Report on the working of the Ranchi Indian Mental Hospital, Kanke, in Bihar and Orissa - 1930-1940
Year: 1930
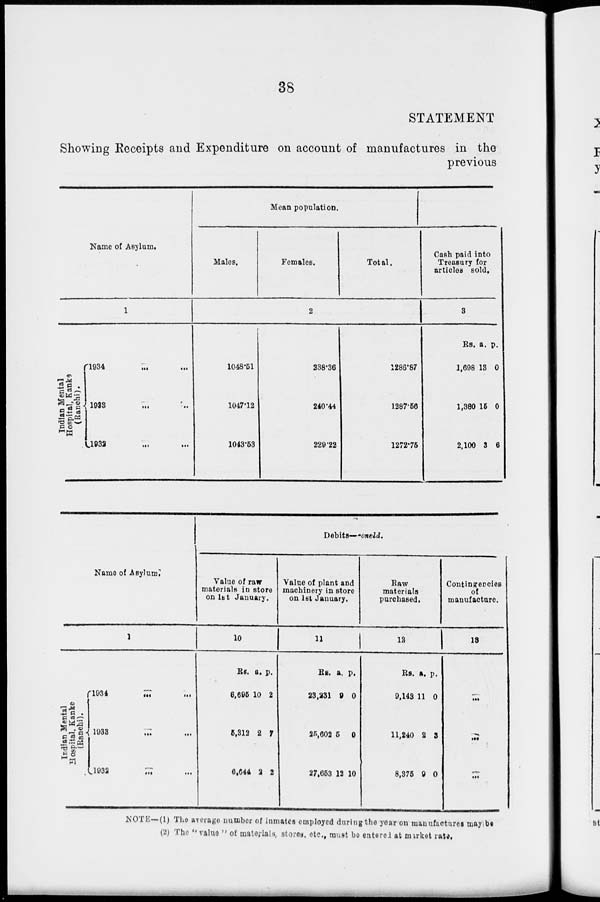
38
STATEMENT
Showing Receipts and Expenditure on account of manufactures in the
previous
Name of Asylum.
1
Indian Mental
Hospital, Kanke
(Ranchi).
1934 ... ...
1933
...
...
1932 ... ...
Mean population.
Males.
Females.
Total.
2
1048.51
1047.12
1043.53
238.36
240.44
229.22
1286.87
1287.56
1272.75
Cash paid into
Treasury for
articles sold.
3
Rs.
1,698
1,380
2,100
a.
13
15
3
p.
0
0
6
Name of Asylum.
1
Indian Mental
Hospital. Kanke
(Ranchi).
1934
...
...
1933 ... ...
1932
...
...
Debits—coneld.
Value of raw
materials in store
on 1st January.
10
Rs.
6,695
5,312
6,644
a.
10
2
2
p.
2
7
2
Value of plant and
machinery in store
on 1st January.
11
Rs.
23,231
25,602
27,653
a.
9
5
12
p.
0
0
10
Raw
materials
purchased.
12
Rs.
9,143
11,240
8,375
a.
11
2
9
p.
0
3
0
Contingencies
of
manufacture.
13
...
...
...
...
NOTE—(1) The average number of inmates employed during the year on manufactures may be
(2) The " value " of materials, stores, etc., must be entered at market rate.